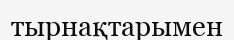
тырнақтарымен